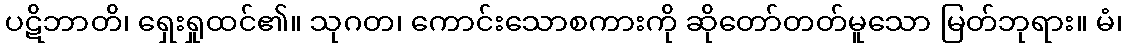
ပဋိဘာတိ၊ ရှေးရှုထင်၏။ သုဂတ၊ ကောင်းသောစကားကို ဆိုတော်တတ်မူသော မြတ်ဘုရား။ မံ၊